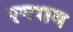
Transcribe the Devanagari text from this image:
रन्गाय